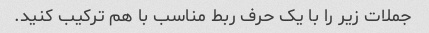
جملات زیر را با یک حرف ربط مناسب با هم ترکیب کنید.